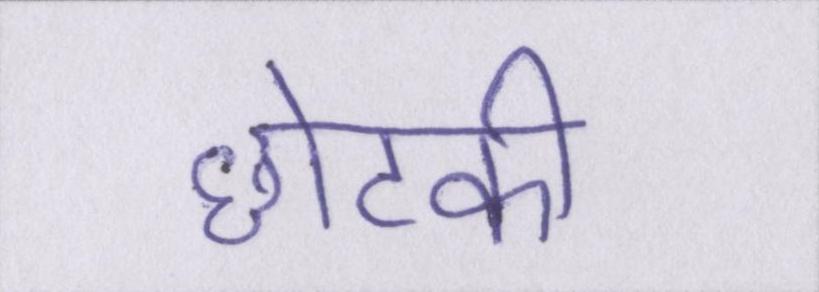
छोटकी